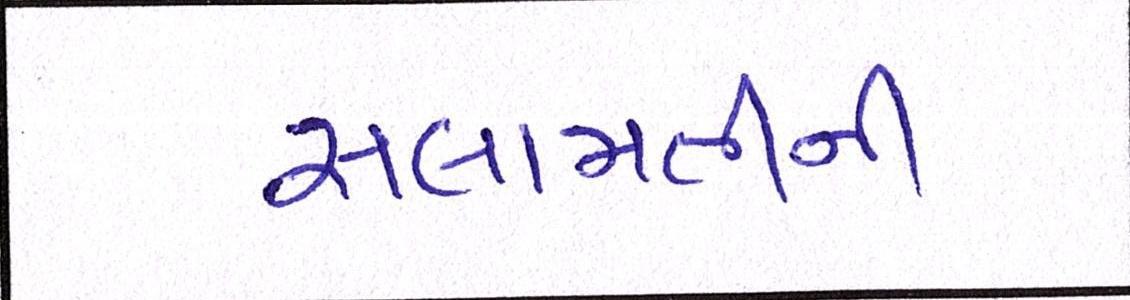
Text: સલામતીની